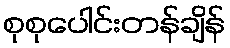
စုစုပေါင်းတန်ချိန်